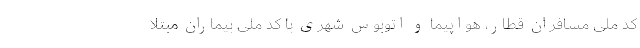
کد ملی مسافران قطار، هواپیما و اتوبوس شهری با کد ملی بیماران مبتلا